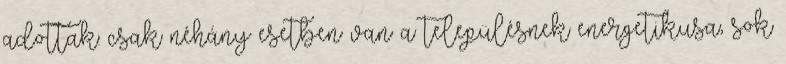
adottak: csak néhány esetben van a településnek energetikusa, sok